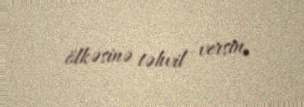
ölkəsinə təhvil versin.